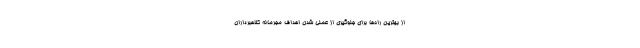
از بهترین راه‌ها برای جلوگیری از عملی شدن اهداف مجرمانه کلاهبرداران